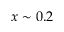
x \sim 0 . 2